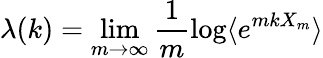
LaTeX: \lambda(k)=\operatorname*{lim}_{m\to\infty}\frac{1}{m}\log\langle e^{mkX_{m}}\rangle